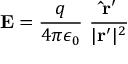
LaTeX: \mathbf { E } = { \frac { q } { 4 \pi \epsilon _ { 0 } } } \ { \frac { \mathbf { { \hat { r } } ^ { \prime } } } { | \mathbf { r } ^ { \prime } | ^ { 2 } } }